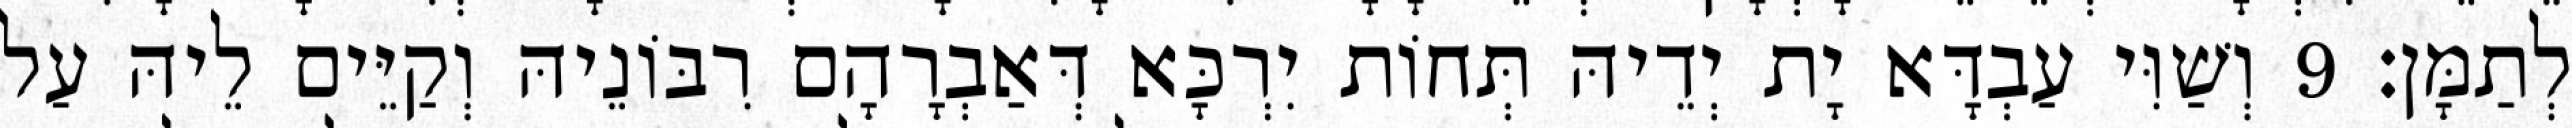
לְתַמָּן׃ 9 וְשַׁוִּי עַבְדָּא יָת יְדֵיהּ תְּחוֹת יִרְכָּא דְּאַבְרָהָם רִבּוֹנֵיהּ וְקַיֵּים לֵיהּ עַל